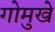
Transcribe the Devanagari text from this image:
गोमुखे